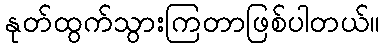
နုတ်ထွက်သွားကြတာဖြစ်ပါတယ်။